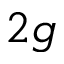
{ 2 g }